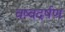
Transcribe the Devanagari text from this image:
वष्वदर्षण